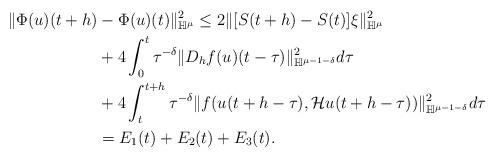
LaTeX: \begin{align*}\|\Phi(u)(t+h)&-\Phi(u)(t)\|^2_{\mathbb H^\mu}\le 2\|[S(t+h)-S(t)]\xi\|^2_{\mathbb H^\mu} \\&+ 4\int_0^t \tau^{-\delta}\|D_h f(u)(t-\tau)\|^2_{\mathbb H^{\mu-1-\delta}}d\tau\\&+ 4\int_t^{t+h}\tau^{-\delta}\|f(u(t+h-\tau),\mathcal H u(t+h-\tau) )\|^2_{\mathbb H^{\mu-1-\delta}}d\tau \\& = E_1(t) + E_2(t)+E_3(t).\end{align*}